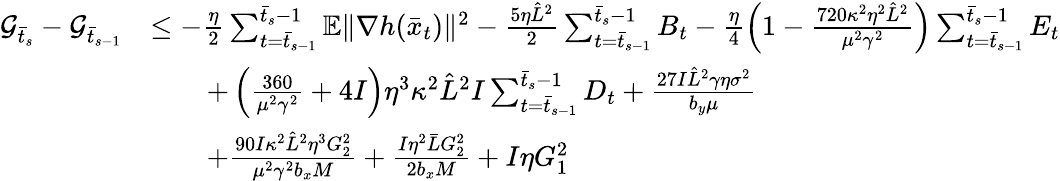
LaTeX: \begin{array}{rl}{\mathcal{G}_{\bar{t}_{s}}-\mathcal{G}_{\bar{t}_{s-1}}}&{\leq-\frac{\eta}{2}\sum_{t=\bar{t}_{s-1}}^{\bar{t}_{s}-1}\mathbb{E}\| \nabla h(\bar{x}_{t})\| ^{2}-\frac{5\eta\hat{L}^{2}}{2}\sum_{t=\bar{t}_{s-1}}^{\bar{t}_{s}-1}B_{t}-\frac{\eta}{4}\left(1-\frac{720\kappa^{2}\eta^{2}\hat{L}^{2}}{\mu^{2}\gamma^{2}}\right)\sum_{t=\bar{t}_{s-1}}^{\bar{t}_{s}-1}E_{t}}\\ &{\qquad+\left(\frac{360}{\mu^{2}\gamma^{2}}+4I\right)\eta^{3}\kappa^{2}\hat{L}^{2}I\sum_{t=\bar{t}_{s-1}}^{\bar{t}_{s}-1}D_{t}+\frac{27I\hat{L}^{2}\gamma\eta\sigma^{2}}{b_{y}\mu}}\\ &{\qquad+\frac{90I\kappa^{2}\hat{L}^{2}\eta^{3}G_{2}^{2}}{\mu^{2}\gamma^{2}b_{x}M}+\frac{I\eta^{2}\bar{L}G_{2}^{2}}{2b_{x}M}+I\eta G_{1}^{2}}\end{array}